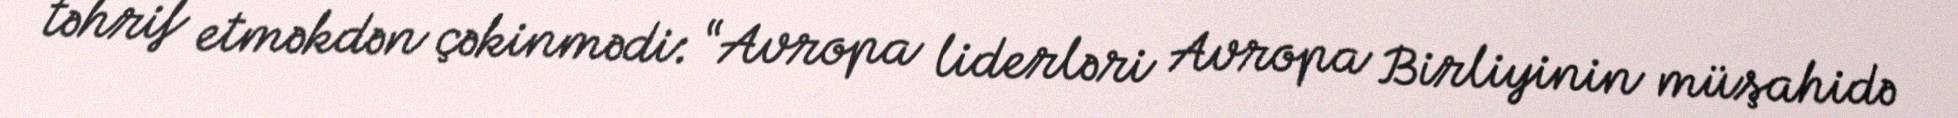
təhrif etməkdən çəkinmədi: “Avropa liderləri Avropa Birliyinin müşahidə